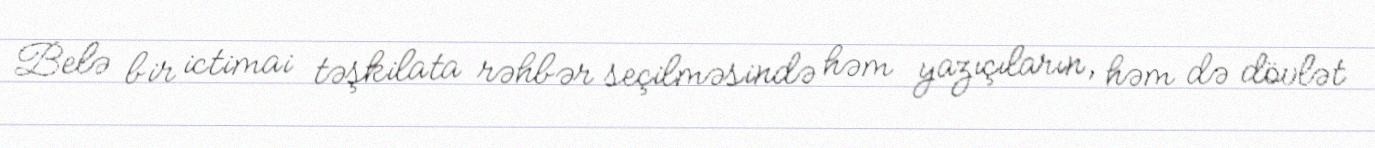
Belə bir ictimai təşkilata rəhbər seçilməsində həm yazıçıların, həm də dövlət